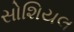
સોશિયલ